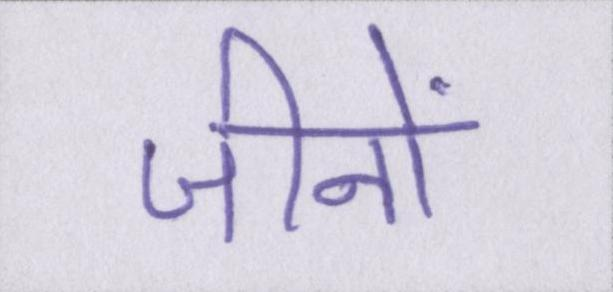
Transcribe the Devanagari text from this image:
जीनों